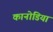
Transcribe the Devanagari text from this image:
कानोडिया